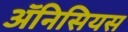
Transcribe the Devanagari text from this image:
ॲनिसियस